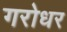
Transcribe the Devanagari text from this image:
गरोधर